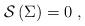
LaTeX: \begin{align*}\mathcal{S}\left( \Sigma \right) =0\;, \end{align*}